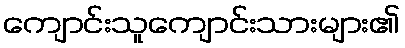
ကျောင်းသူကျောင်းသားများ၏